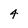
Character: 4